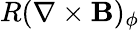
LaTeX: R(\nabla\times\mathbf B)_{\phi}